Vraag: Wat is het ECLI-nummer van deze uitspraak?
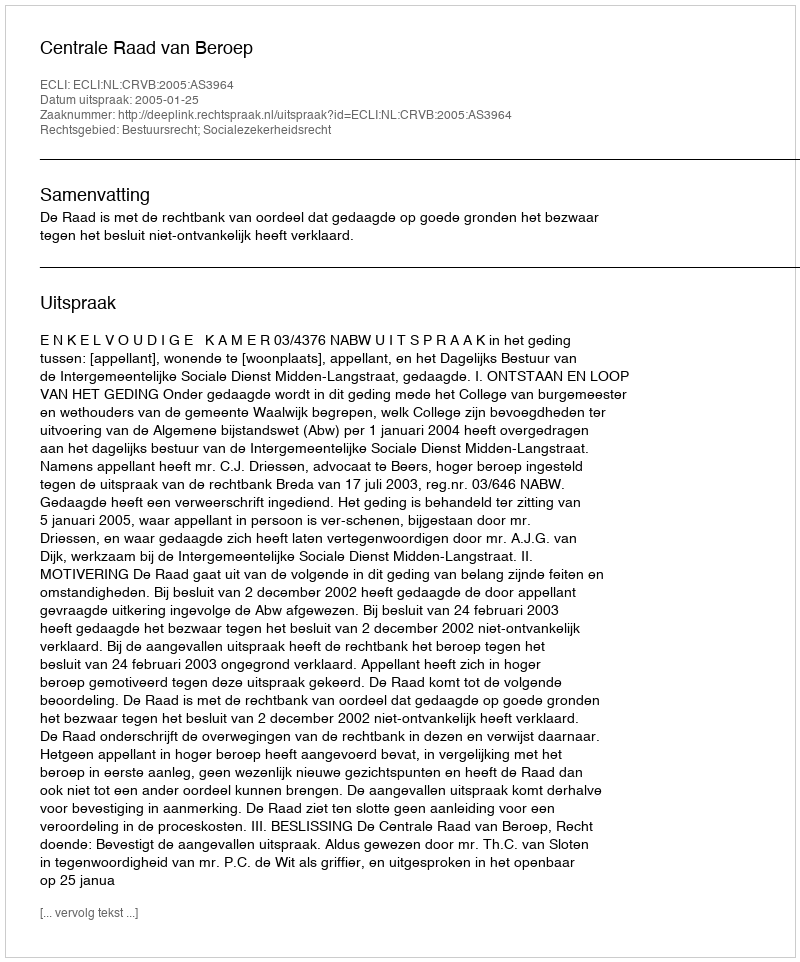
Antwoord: ECLI:NL:CRVB:2005:AS3964